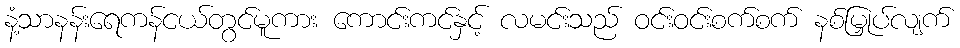
နံ့သာနန်းရေကန်ငယ်တွင်မူကား ကောင်းကင်နှင့် လမင်းသည် ဝင်းဝင်းစက်စက် နစ်မြှုပ်လျက်